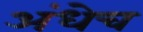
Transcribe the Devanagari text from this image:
अंधेच